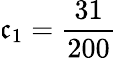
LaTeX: \mathfrak{c}_{1}={\frac{{31}}{{200}}}